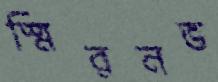
স্মিরনভ